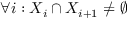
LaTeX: \forall i : X _ { i } \cap X _ { i + 1 } \neq \emptyset